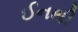
ઈનથી